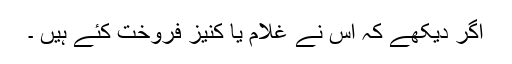
اگر دیکھے کہ اس نے غلام یا کنیز فروخت کئے ہیں ۔